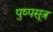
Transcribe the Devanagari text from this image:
पुष्पसूत्र